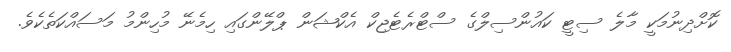
ކޮށްދިނުމަކީ މާލެ ސިޓީ ކައުންސިލްގެ ސްޓްރެޓެޖިކް އެކްޝަން ޕްލޭންގައި ހިމެނޭ މުހިންމު މަސައްކަތެކެވެ.